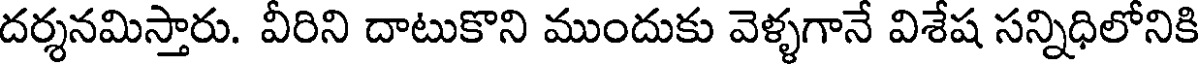
దర్శనమిస్తారు. వీరిని దాటుకొని ముందుకు వెళ్ళగానే విశేష సన్నిధిలోనికి